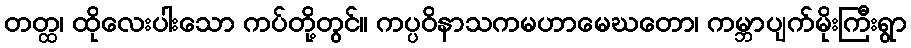
တတ္ထ၊ ထိုလေးပါးသော ကပ်တို့တွင်။ ကပ္ပဝိနာသကမဟာမေဃတော၊ ကမ္ဘာပျက်မိုးကြီးရွာ